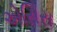
એસિસ